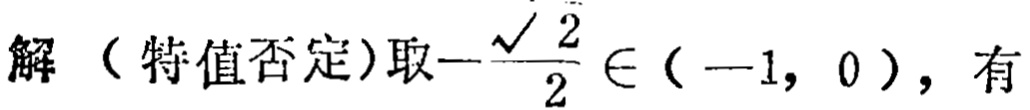
解（特值否定）取\(-\frac{\sqrt{2}}{2} \in (-1, 0)\)，有